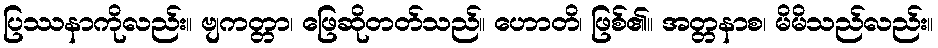
ပြဿနာကိုလည်း။ ဗျကတ္တာ၊ ဖြေဆိုတတ်သည်။ ဟောတိ၊ ဖြစ်၏။ အတ္တနာစ၊ မိမိသည်လည်း။